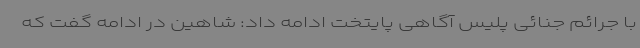
با جرائم جنائی پلیس آگاهی پایتخت ادامه داد: شاهین در ادامه گفت که